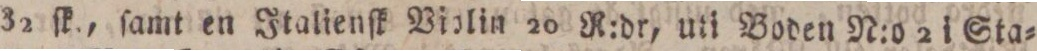
32 ſk., ſamt en Italienſk Violin 20 R:dr, uti Boden N:o 2 i Sta=